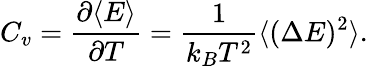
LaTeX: C_{v}={\frac{\partial\langle E\rangle}{\partial T}}={\frac{1}{k_{B}T^{2}}}\langle(\Delta E)^{2}\rangle.